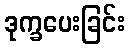
ဒုက္ခပေးခြင်း